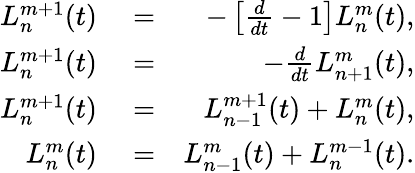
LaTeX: \begin{array}{rlr}{L_{n}^{m+1}(t)}&{{}=}&{-\left[\frac{d}{dt}-1\right]L_{n}^{m}(t),}\\ {L_{n}^{m+1}(t)}&{{}=}&{-\frac{d}{dt}L_{n+1}^{m}(t),}\\ {L_{n}^{m+1}(t)}&{{}=}&{L_{n-1}^{m+1}(t)+L_{n}^{m}(t),}\\ {L_{n}^{m}(t)}&{{}=}&{L_{n-1}^{m}(t)+L_{n}^{m-1}(t).}\end{array}